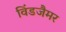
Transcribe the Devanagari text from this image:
विंडजैमर